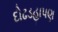
દોઢડહાપણ